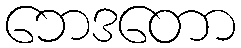
ဘေဒတော